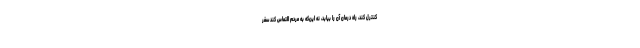
کنترل کند، راه درمان آن را بیابد، نه این‌که به مردم التماس کند سفر